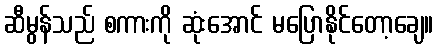
ဆီမွန်သည် စကားကို ဆုံးအောင် မပြောနိုင်တော့ချေ။